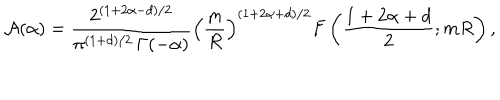
{ \cal A } ( \alpha ) = \frac { 2 ^ { ( 1 + 2 \alpha - d ) / 2 } } { \pi ^ { ( 1 + d ) / 2 } \, \Gamma ( - \alpha ) } \left( \frac { m } { R } \right) ^ { ( 1 + 2 \alpha + d ) / 2 } F \left( \frac { 1 + 2 \alpha + d } { 2 } ; m R \right) ,